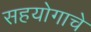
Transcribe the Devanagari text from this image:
सहयोगाचे